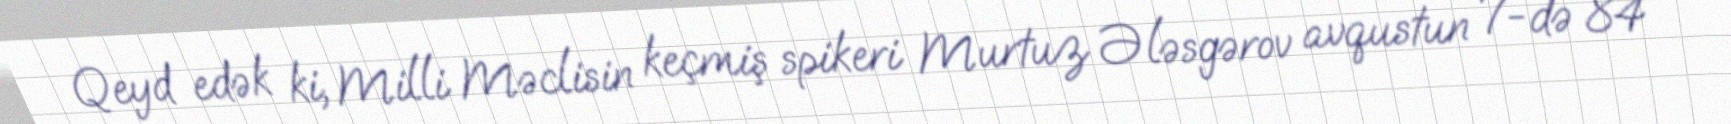
Qeyd edək ki, Milli Məclisin keçmiş spikeri Murtuz Ələsgərov avqustun 7-də 84